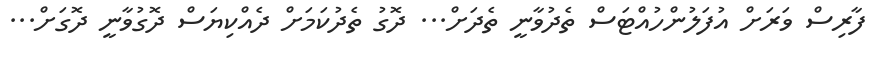
ފާރިސް ވަރަށް އުފަލުންހުއްޓަސް ތެދުވާނީ ތެދަށް... ދޮގު ތެދުކަމަށް ދެއްކިޔަސް ދޮގުވާނީ ދޮގަށް...